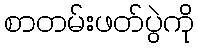
စာတမ်းဖတ်ပွဲကို